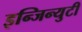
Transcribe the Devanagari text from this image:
इन्जिन्युटी